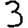
Digit: 3